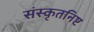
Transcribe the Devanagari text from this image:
संस्कृतनिष्ट